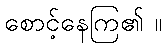
စောင့်နေကြ၏ ။